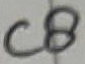
Text: C8